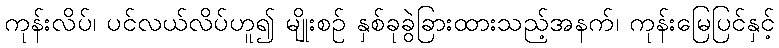
ကုန်းလိပ်၊ ပင်လယ်လိပ်ဟူ၍ မျိုးစဉ် နှစ်ခုခွဲခြားထားသည့်အနက်၊ ကုန်းမြေပြင်နှင့်